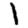
Digit: 1